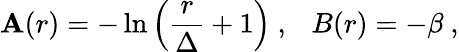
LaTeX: \mathbf{A}(r)=-\ln\left({\frac{{r}}{{\Delta}}}+1\right)~,~~~B(r)=-\beta~,